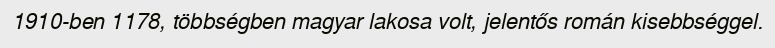
1910-ben 1178, többségben magyar lakosa volt, jelentős román kisebbséggel.